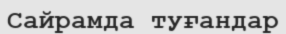
Сайрамда туғандар